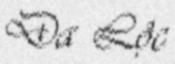
Đa Lộc